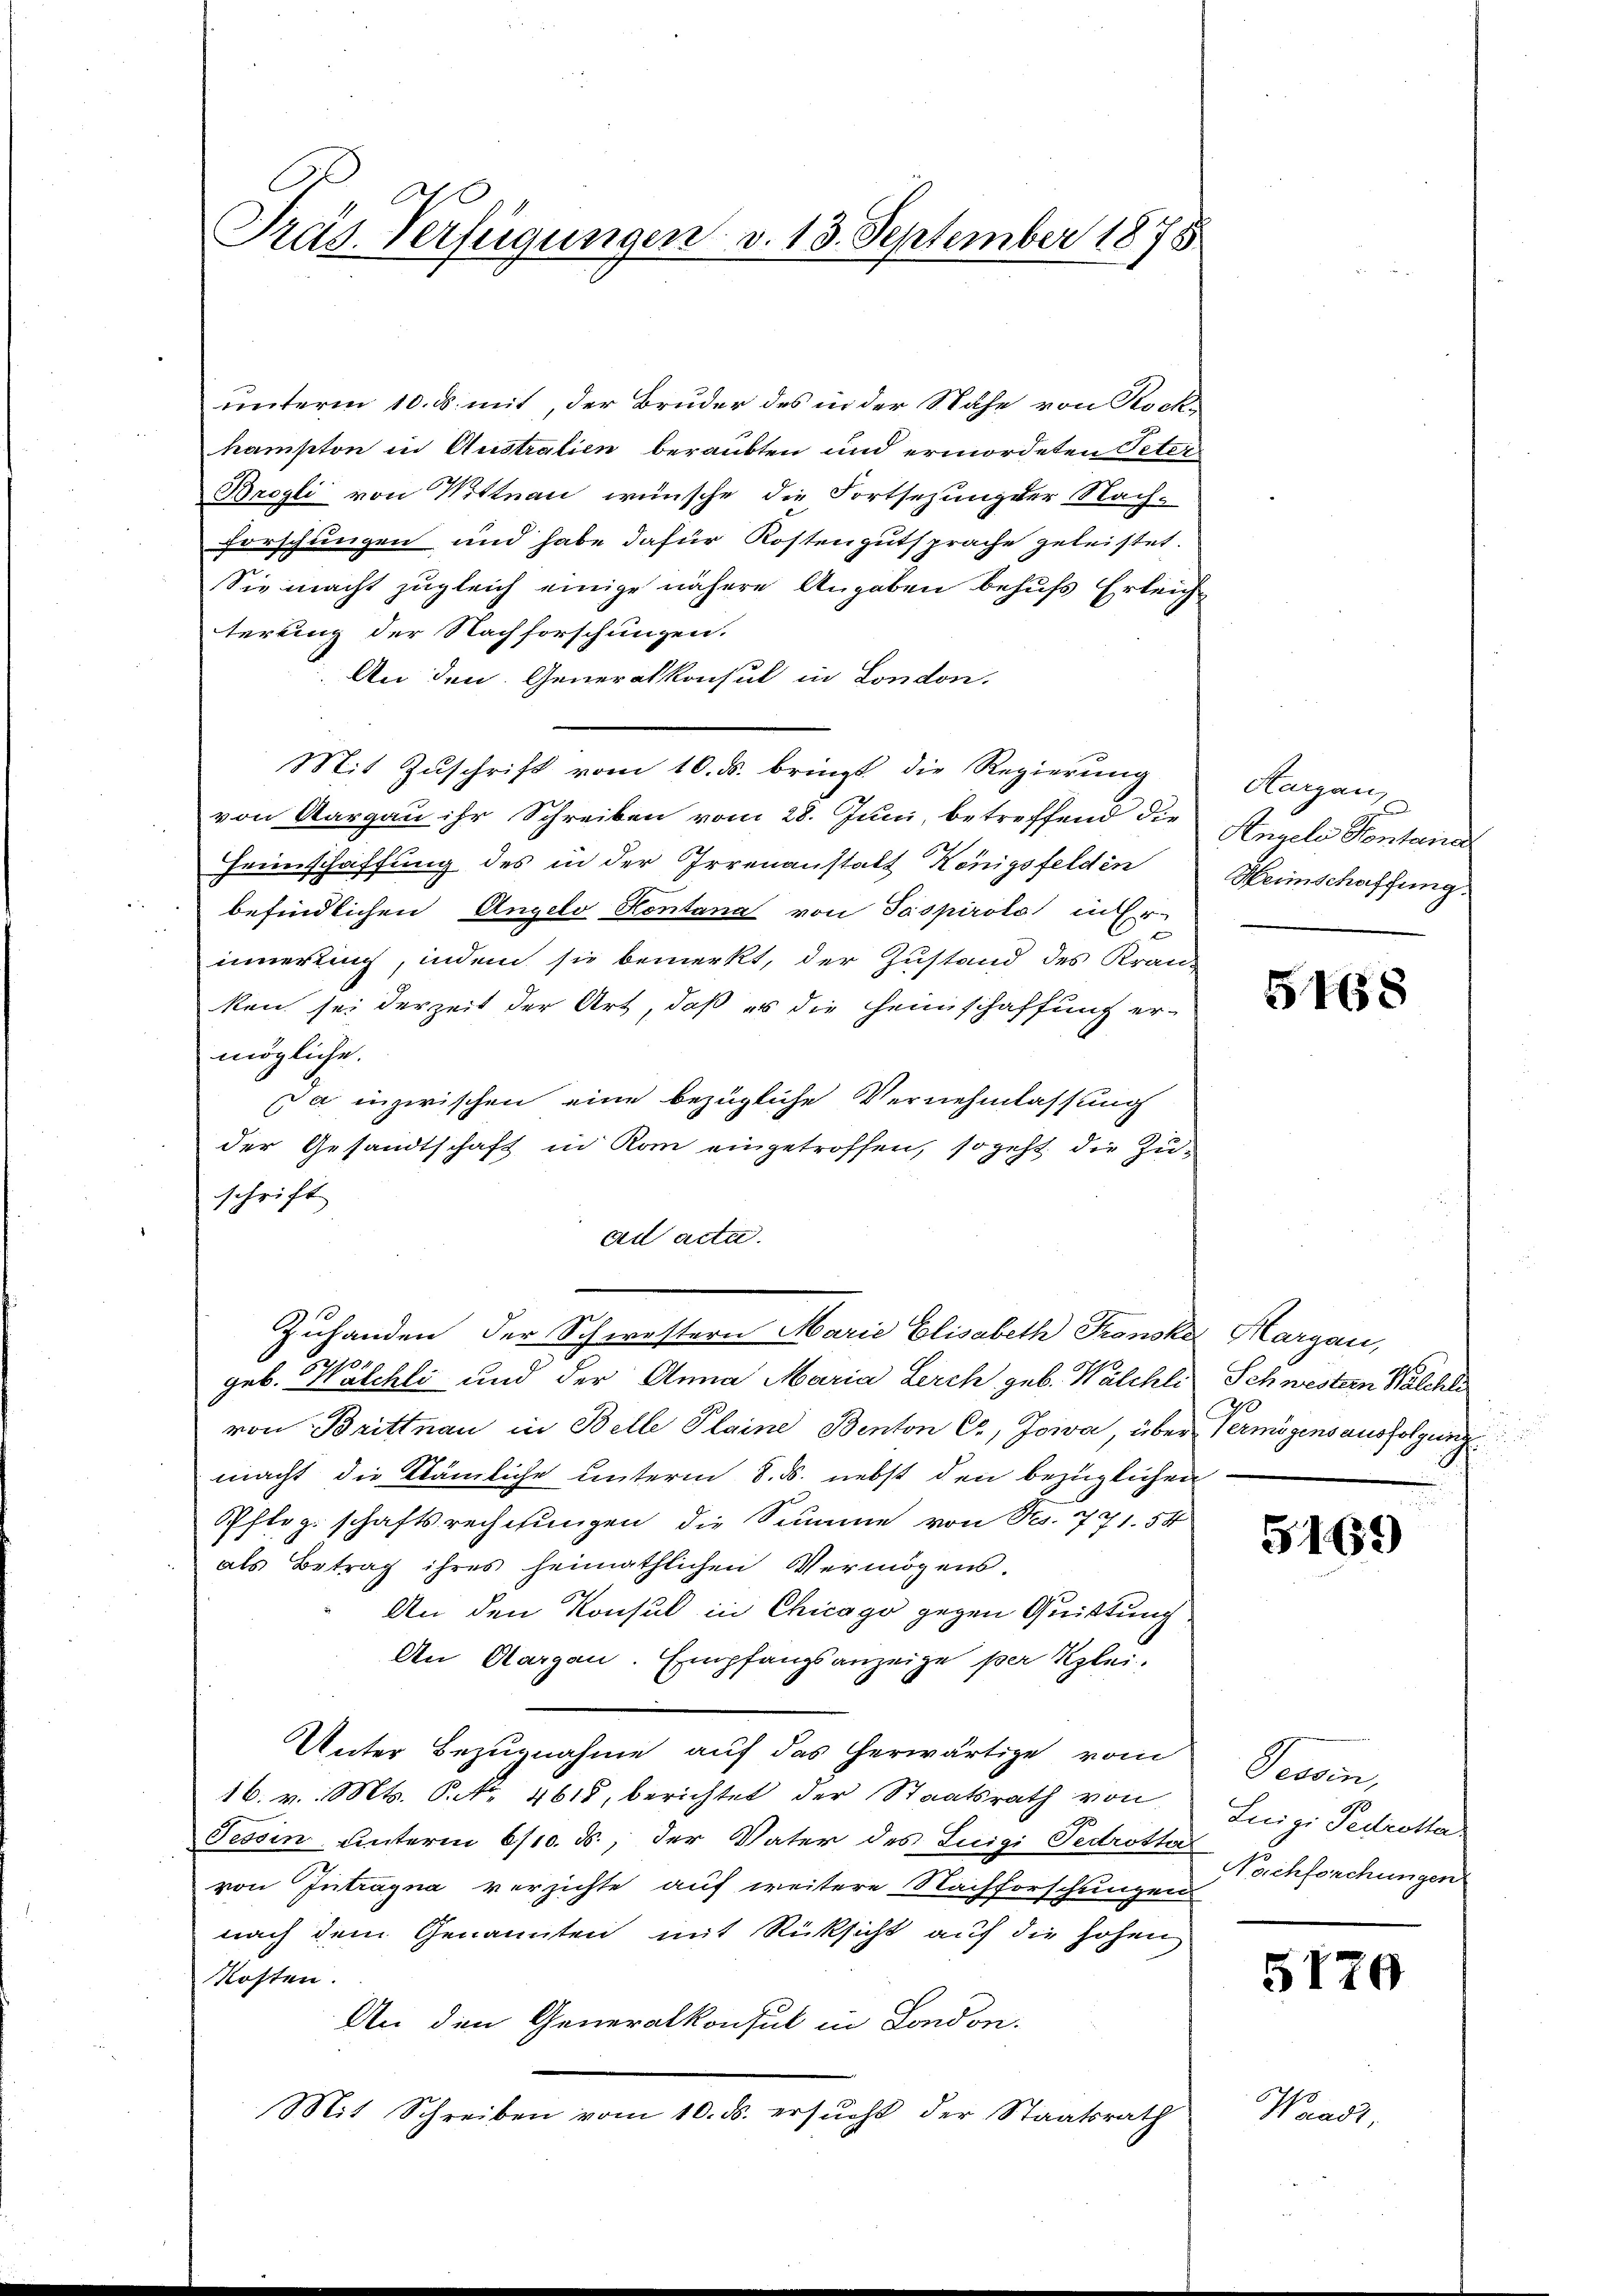
Präs. Verfügungen v. 13. September 1878

unterm 10. ds. mit, der Bruder des in der Nähe von Koch
hampton in Australien beraubten und ermordeten Peter
Brogli von Wittnau wünsche die Fortsezung der Nach-
forschungen und habe dafür Kostengutsprache geleistet.
Sie macht zugleich einige nähere Angaben behufs Erleichterung der Nachforschungen.
An den Generalkonsul in London.
Mit Zŭschrift vom 10. ds. bringt die Regierŭng
von Aargau ihr Schreiben vom 28. Juni, betreffend die
Heimschaffung des in der Irrenanstalt Königsfelden
befindlichen Angelo Hontana von Paspirolo in Er-
innerling, indem sie bemerkt, der Zustand des Kranz
ken sei derzeit der Art, daß es die Heimschaffung ermögliche.
Da inzwischen eine bezügliche Vernehmlassung
der Gesandtschaft in Rom eingetroffen, so geht die Zuschrift
ad acta.
Zulanden der Schwestern Marie Elisabeth Fronska Margau,
p.
geb. Kalchli und der Anna Maria Lerch, geb. Walchli
von Brittnau in Belle Plaine Benton C, Jowa, über Vermögensausfolgung
macht die Kämliche unterm 8. ds. nebst den bezüglichen
Pflegschaftsrechnungen die Summe von Frs. 771. 54
als Betrag ihres heimathlichen Vermögens-
An den Konsul in Chicago gegen Quittung
An Aargau. Empfangsanzeige per Klei¬
Unter Bezugnahme auf das herwärtige vom
16. v. Mts. Oct. 4615, berichtet der Staatsrath von
Tessin unterm 6/10. ds., der Vater des Luigi Tedrotter
von Intragna verzichte auf weitere Nachforschungen
nach dem Genannten mit Rücksicht auf die hohen
Kosten.
An den Generalkonsul in London.
Mit Schreiben vom 10. ds. ersŭcht der Staatsrath

Hargau,
Annels Kontana
Heimschaffung

5468

Schwestern Walchli
70

5169

Tessin,
Luigi Fedretta
Nachforchungen

5120

Waadt,